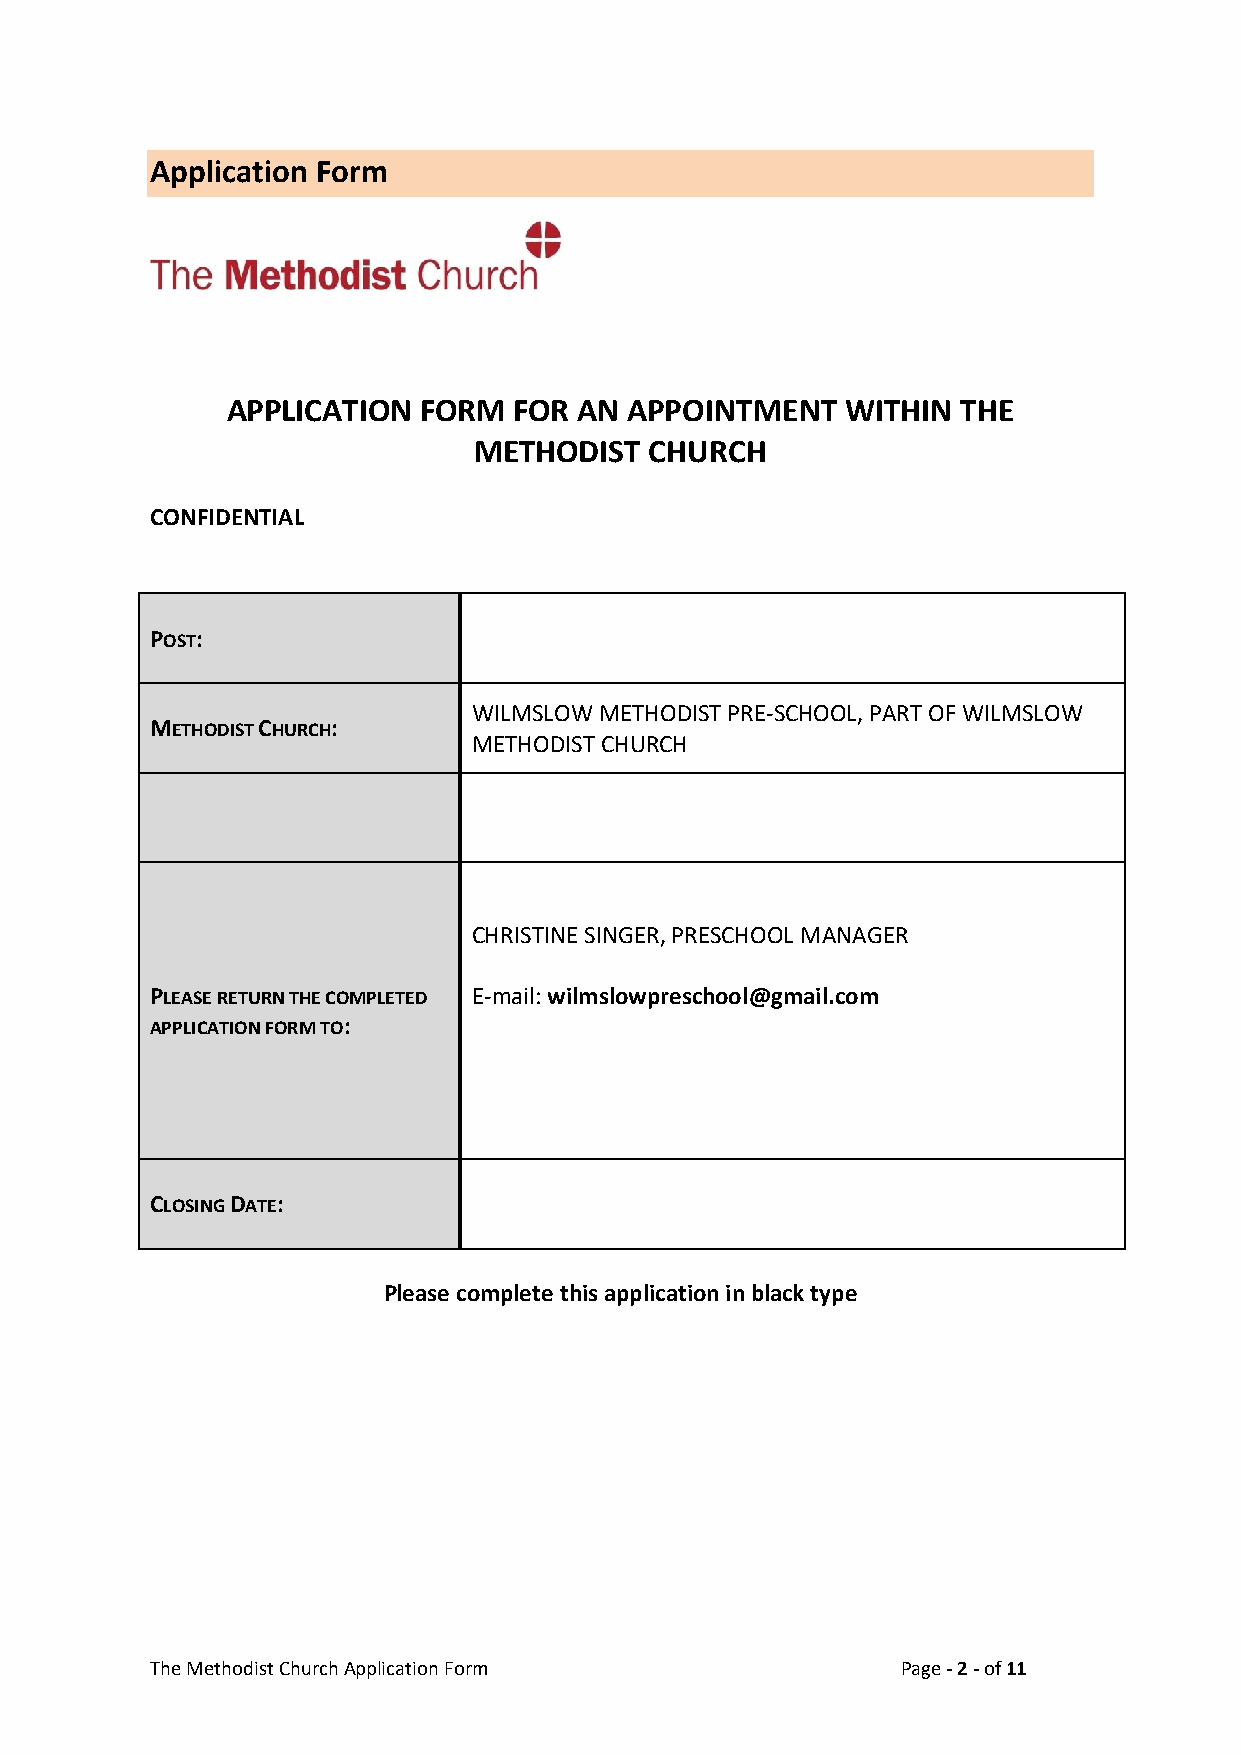
Application Form
 APPLICATION  FORM  FOR AN  APPOINTMENT   WITHIN  THE
 METHODIST   CHURCH
 CONFIDENTIAL
 POST:
 WILMSLOW METHODIST PRE-SCHOOL, PART OF WILMSLOW
 METHODIST CHURCH:
 METHODIST CHURCH
 CHRISTINE SINGER, PRESCHOOL MANAGER
 PLEASE RETURN THE COMPLETED E-mail: wilmslowpreschool@gmail.com
 APPLICATION FORM TO:
 CLOSING DATE:
 Please complete this application in black type
 The Methodist Church Application Form             Page - 2 - of 11